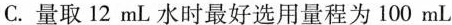
C.量取12mL水时最好选用量程为100mL